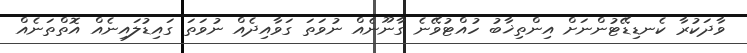
ވާދަކުރާ ކެނޑިޑޭޓުންނަށް އިންތިޚާބު ހުއްޓުވޭނެ ގާނޫނެއް ނުވަތަ ގަވާއިދެއް ނުވަތަ ގައިޑުލައިނެއް އޮތްތަނެއް